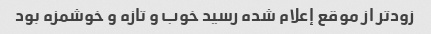
زودتر از موقع إعلام شده رسید خوب و تازه و خوشمزه بود